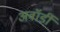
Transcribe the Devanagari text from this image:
अवॉर्डी